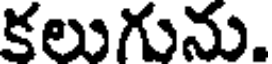
కలుగును.